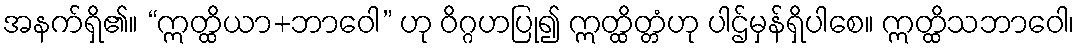
အနက်ရှိ၏။ “ဣတ္ထိယာ+ဘာဝေါ” ဟု ဝိဂ္ဂဟပြု၍ ဣတ္ထိတ္တံဟု ပါဌ်မှန်ရှိပါစေ။ ဣတ္ထိသဘာဝေါ၊